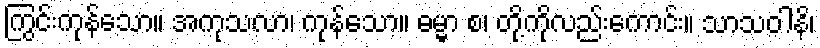
ကြွင်းကုန်သော။ အကုသလာ၊ ကုန်သော။ ဓမ္မာ စ၊ တို့ကိုလည်းကောင်း။ သာသဝါနိ၊